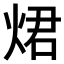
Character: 𤉙